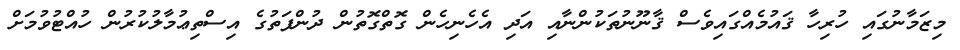
މިޒަމާނުގައި ހުރިހާ ޤައުމެެއްގައިވެސް ޤާނޫނުތަކުންނާއި އަދި އެހެނިހެން ގޮތްގޮތުން ދުންފަތުގެ އިސްތިޢުމާލުކުރުން ހުއްޓުވުމަށް